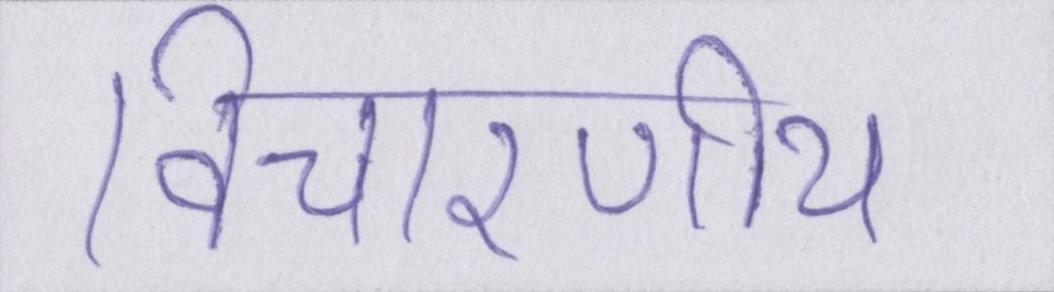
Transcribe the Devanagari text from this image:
विचारणीय